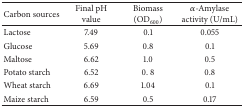
| Carbon sources | Final pH value | Biomass (OD600) | α-Amylase activity (U/mL) |
 | --- | --- | --- | --- |
 | Lactose | 7.49 | 0.1 | 0.055 |
 | Glucose | 5.69 | 0.8 | 0.1 |
 | Maltose | 6.62 | 1.0 | 0.5 |
 | Potato starch | 6.52 | 0. 8 | 0.8 |
 | Wheat starch | 6.69 | 1.04 | 0.1 |
 | Maize starch | 6.59 | 0.5 | 0.17 |